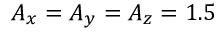
A _ { x } = A _ { y } = A _ { z } = 1 . 5